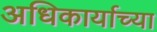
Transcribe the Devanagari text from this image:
अधिकार्याच्या